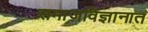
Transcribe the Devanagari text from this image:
समाजविज्ञानात